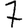
Digit: 7